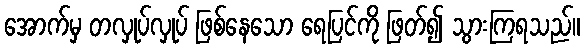
အောက်မှ တလှုပ်လှုပ် ဖြစ်နေသော ရေပြင်ကို ဖြတ်၍ သွားကြရသည်။